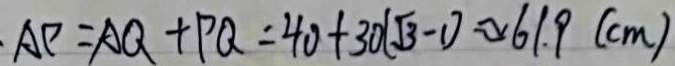
A P = A Q + P Q = 4 0 + 3 0 ( \sqrt { 3 } - 1 ) \approx 6 1 . 9 ( c m )